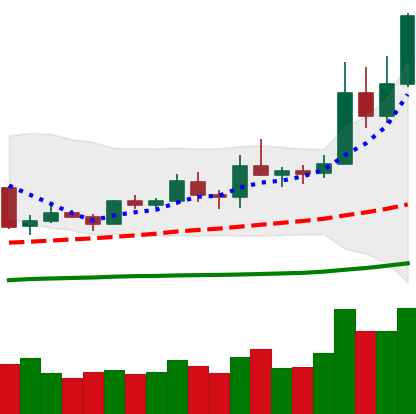
Ticker: ETH-USD
Chart end date: 2019-05-14
Forward return: 20.329%
Label: up_7plus